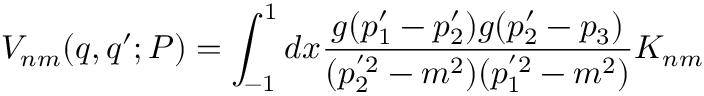
V _ { n m } ( q , q ^ { \prime } ; P ) = \int _ { - 1 } ^ { 1 } d x \frac { g ( p _ { 1 } ^ { \prime } - p _ { 2 } ^ { \prime } ) g ( p _ { 2 } ^ { \prime } - p _ { 3 } ) } { ( p _ { 2 } ^ { ' 2 } - m ^ { 2 } ) ( p _ { 1 } ^ { ' 2 } - m ^ { 2 } ) } K _ { n m }